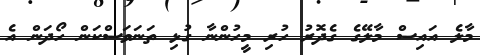
މާލެ އައިސް މާލޭގެ ގެދޮރު ހުރި މީހުންނާ ގުޅި ތަނަވަސްކަން ހޯދަން އެ